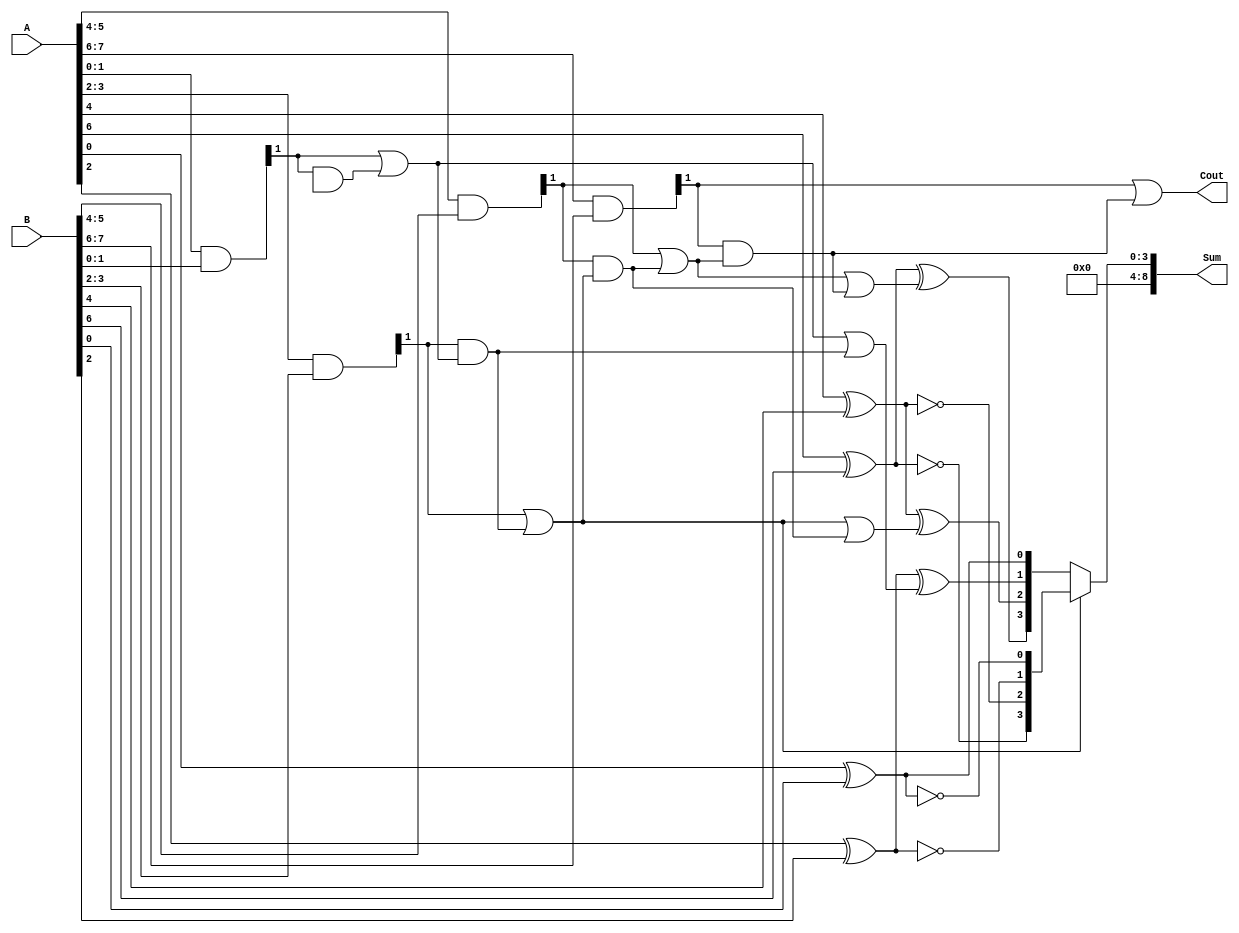
module conditional_sum_adder (
    input [n-1:0] A,    // n-bit input A
    input [n-1:0] B,    // n-bit input B
    output [n:0] Sum,   // n+1 bit sum output
    output Cout         // carry out
);
    parameter n = 8;    // Set the width of the input (can be modified)
    localparam m = 2;   // Block size (can be modified)

    wire [n/m-1:0] S [0:1]; // Sum outputs for both conditions
    wire [n/m-1:0] C;        // Carry outputs for each group
    wire [n/m-1:0] C_cond;   // Conditional carries

    genvar i;
    generate
        for (i = 0; i < (n/m); i = i + 1) begin: block
            wire [m-1:0] A_group = A[i*m +: m];
            wire [m-1:0] B_group = B[i*m +: m];
            wire [m-1:0] S0 = A_group ^ B_group; // Preliminary sum without carry
            wire [m-1:0] C0 = A_group & B_group; // Preliminary carry

            // Compute conditional carries
            assign C_cond[i] = (i == 0) ? 1'b0 : (C[i-1] | (C0[m-1] & (C[i-1]))); // Conditional carry for the next block
            assign C[i] = C0[m-1] | (C0[m-1] & C[i-1]); // Carry for current block

            // Assign sums based on carry condition
            assign S[0][i] = S0 ^ {C_cond[i], C_cond[i]}; // Sum with no carry
            assign S[1][i] = S0 ^ {1'b1, 1'b1}; // Sum with carry
        end
    endgenerate

    // Final sum selection based on carry
    assign Sum = (C[m-1]) ? S[1] : S[0];
    assign Cout = C[n/m-1]; // Final carry out

endmodule